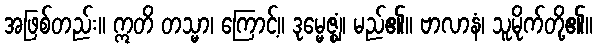
အဖြစ်တည်း။ ဣတိ တသ္မာ၊ ကြောင့်။ ဒုမ္မေဇ္ဈံ၊ မည်၏။ ဗာလာနံ၊ သူမိုက်တို့၏။